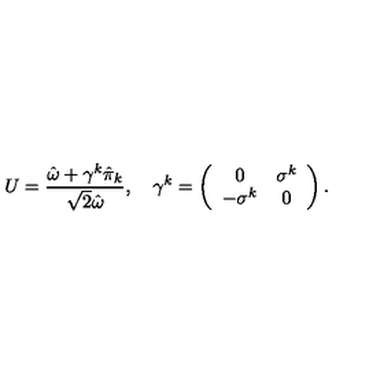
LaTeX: U = { \frac { \hat { \omega } + \gamma ^ { k } \hat { \pi } _ { k } } { \sqrt 2 \hat { \omega } } } , \quad \gamma ^ { k } = \left( \begin{array} { c c } { 0 } & { \sigma ^ { k } } \\ { - \sigma ^ { k } } & { 0 } \\ \end{array} \right) .